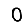
Digit: 0